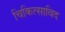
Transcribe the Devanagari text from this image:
चिकित्साविद